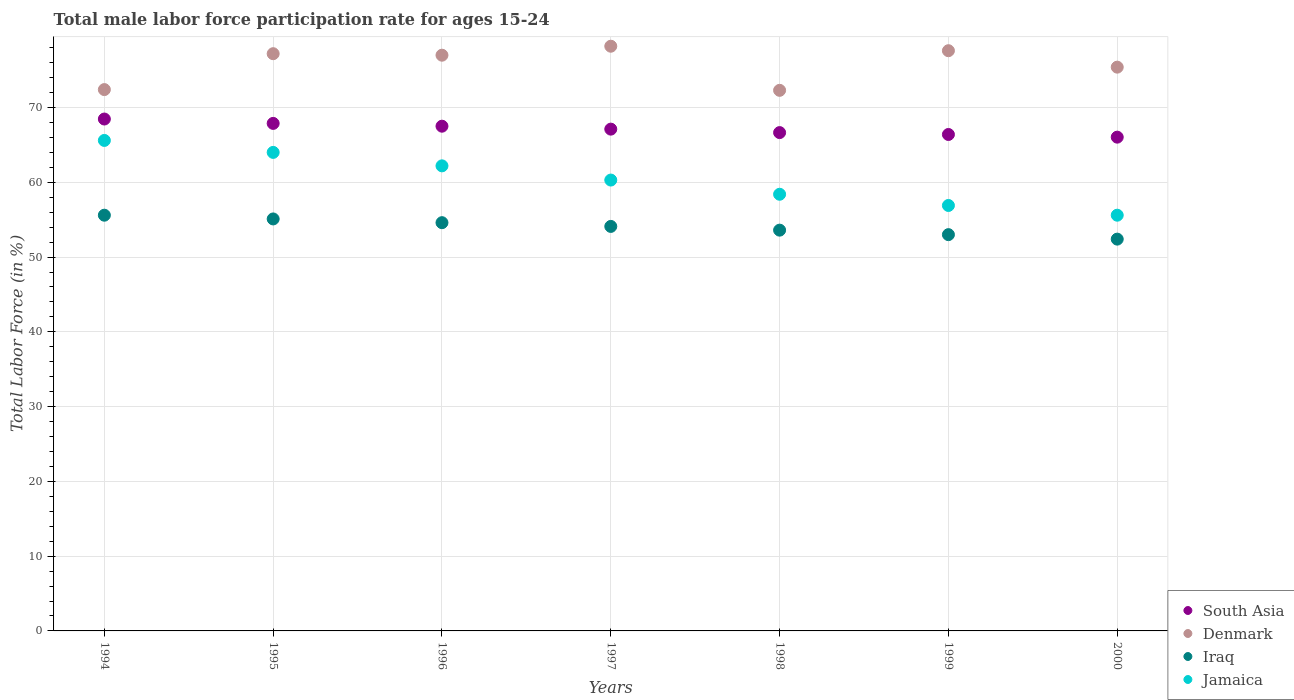
| Years | South Asia | Denmark | Iraq | Jamaica |
 | --- | --- | --- | --- | --- |
 | 1994 | 68.5 | 72.4 | 55.6 | 65.6 |
 | 1995 | 67.9 | 77.2 | 55.1 | 64 |
 | 1996 | 67.5 | 77 | 54.6 | 62.2 |
 | 1997 | 67.1 | 78.2 | 54.1 | 60.3 |
 | 1998 | 66.6 | 72.3 | 53.6 | 58.4 |
 | 1999 | 66.4 | 77.6 | 53 | 56.9 |
 | 2000 | 66 | 75.4 | 52.4 | 55.6 |